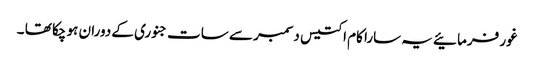
غور فرمائیے یہ سارا کام اکتیس دسمبر سے سات جنوری کے دوران ہو چکا تھا ۔